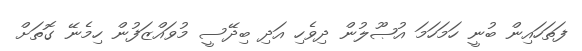
ފަތަހައިން ބުނީ ހަމަހަމަ އުޞޫލުން ދިވެހި އަދި ބިދޭސީ މުވައްޒަފުން ހިމެނޭ ގޮތަށް